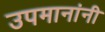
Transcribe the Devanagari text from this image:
उपमानांनी